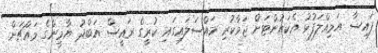
ފައިސާ އަމިއްލަފުޅު އެކައުންޓަށް ޖަމާކުރި މައްސަލައިގައި ކުރީގެ ރައީސް އަބްދު ޔާމީންގެ މައްޗަށް